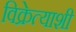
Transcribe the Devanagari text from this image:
विक्रेत्याशी